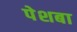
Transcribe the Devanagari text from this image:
पेशबा